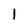
Character: 1